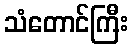
သံတောင်ကြီး